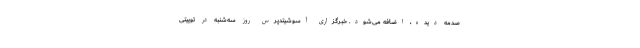
صدمه دیده، اضافه می‌شود. خبرگزاری آسوشیتدپرس روز سه‌شنبه در توییتی